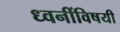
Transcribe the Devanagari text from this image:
ध्वनींविषयी